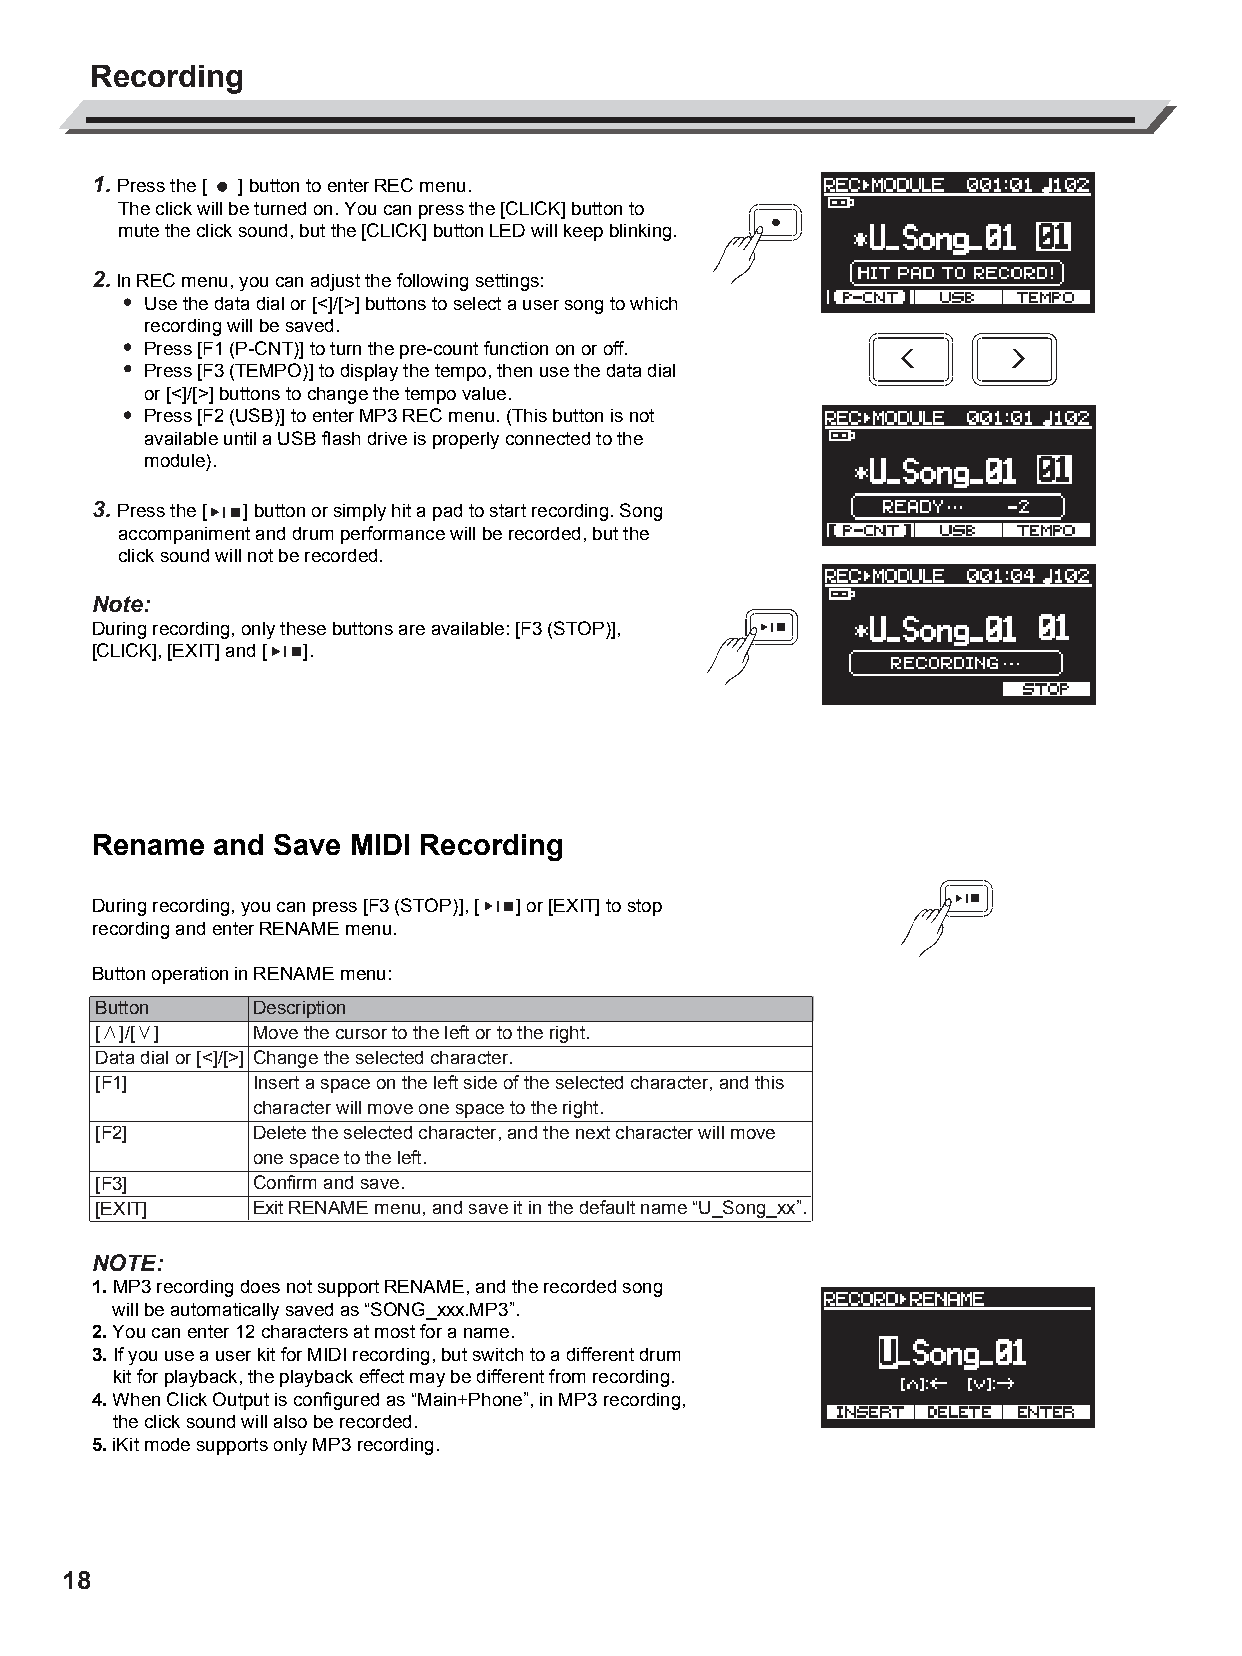
AW_DD638DX_manual_G02_180621.pdf 18 18-6-21 13:16
 Recording
 1. Press the [ ] button to enter REC menu.
 The click will be turned on. You can press the [CLICK] button to
 mute the click sound, but the [CLICK] button LED will keep blinking.
 2. In REC menu, you can adjust the following settings:
 Use the data dial or [<]/[>] buttons to select a user song to which
 recording will be saved.
 Press [F1 (P-CNT)] to turn the pre-count function on or off.
 Press [F3 (TEMPO)] to display the tempo, then use the data dial
 or [<]/[>] buttons to change the tempo value.
 Press [F2 (USB)] to enter MP3 REC menu. (This button is not
 available until a USB flash drive is properly connected to the
 module).
 3. Press the [ ] button or simply hit a pad to start recording. Song
 accompaniment and drum performance will be recorded, but the
 click sound will not be recorded.
 Note:
 During recording, only these buttons are available: [F3 (STOP)],
 [CLICK], [EXIT] and [ ].
 C
 M
 Y
 CM
 MY       Rename  and Save MIDI Recording
 CY
 CMY       During recording, you can press [F3 (STOP)], [ ] or [EXIT] to stop
 recording and enter RENAME menu.
 K
 Button operation in RENAME menu:
 Button    Description
 [∧]/[∨]   Move the cursor to the left or to the right.
 Data dial or [<]/[>] Change the selected character.
 [F1]      Insert a space on the left side of the selected character, and this
 character will move one space to the right.
 [F2]      Delete the selected character, and the next character will move
 one space to the left.
 [F3]      Confirm and save.
 [EXIT]    Exit RENAME menu, and save it in the default name “U_Song_xx”.
 NOTE:
 1. MP3 recording does not support RENAME, and the recorded song
 will be automatically saved as “SONG_xxx.MP3”.
 2. You can enter 12 characters at most for a name.
 3. If you use a user kit for MIDI recording, but switch to a different drum
 kit for playback, the playback effect may be different from recording.
 4. When Click Output is configured as “Main+Phone”, in MP3 recording,
 the click sound will also be recorded.
 5. iKit mode supports only MP3 recording.
 18